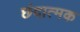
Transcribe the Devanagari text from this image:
छंदात्मक